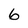
Character: 6